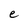
Character: e